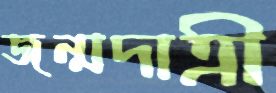
জন্মদাত্রী